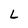
Character: L